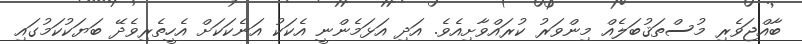
ބާއްޖަވެރި މުސްތަޤުބަލެއް މިންވަރު ކުރައްވާށިއެވެ. އަދި އަޅަމެންނީ އެކަކު އަނެކަކަށް އެހީތެރިވެދޭ ބަޔަކުކަމުގައި